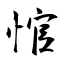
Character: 悺